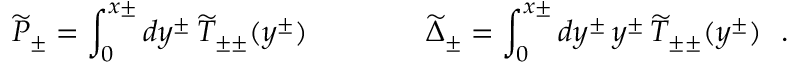
\widetilde { P } _ { \pm } = \int _ { 0 } ^ { x \pm } d y ^ { \pm } \, \widetilde { T } _ { \pm \pm } ( y ^ { \pm } ) \qquad \qquad \widetilde { \Delta } _ { \pm } = \int _ { 0 } ^ { x \pm } d y ^ { \pm } \, y ^ { \pm } \, \widetilde { T } _ { \pm \pm } ( y ^ { \pm } ) \ \ .